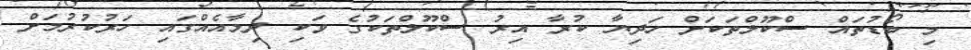
މި ބޯޑުތައް ސްކޫލްތަކަށް ހަދިޔާ ކުރާ އިރު ސްކޫލްތަކުގެ ވަކި ދިމާއެއްގައި ހަރުކުރުމަށް